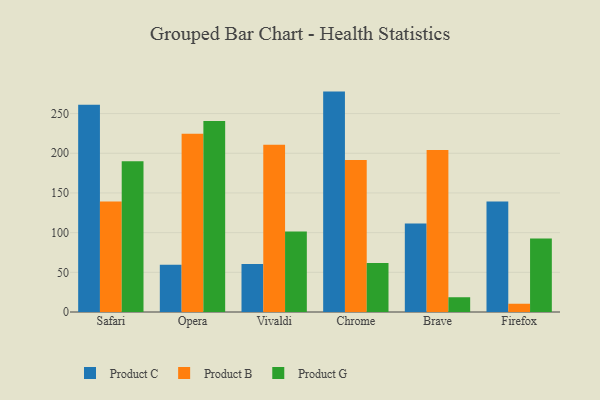
{"axis": {"x": "Browser", "y": "Page Views"}, "legend": ["Product B", "Product C", "Product G"], "data": [{"x": "Safari", "y": 261.1, "type": "Product C"}, {"x": "Safari", "y": 139.3, "type": "Product B"}, {"x": "Safari", "y": 189.9, "type": "Product G"}, {"x": "Opera", "y": 59.4, "type": "Product C"}, {"x": "Opera", "y": 224.6, "type": "Product B"}, {"x": "Opera", "y": 240.7, "type": "Product G"}, {"x": "Vivaldi", "y": 60.5, "type": "Product C"}, {"x": "Vivaldi", "y": 210.6, "type": "Product B"}, {"x": "Vivaldi", "y": 101.3, "type": "Product G"}, {"x": "Chrome", "y": 277.7, "type": "Product C"}, {"x": "Chrome", "y": 191.6, "type": "Product B"}, {"x": "Chrome", "y": 61.6, "type": "Product G"}, {"x": "Brave", "y": 111.6, "type": "Product C"}, {"x": "Brave", "y": 204.0, "type": "Product B"}, {"x": "Brave", "y": 18.6, "type": "Product G"}, {"x": "Firefox", "y": 139.1, "type": "Product C"}, {"x": "Firefox", "y": 10.4, "type": "Product B"}, {"x": "Firefox", "y": 92.7, "type": "Product G"}]}